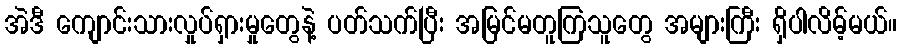
အဲဒီ ကျောင်းသားလှုပ်ရှားမှုတွေနဲ့ ပတ်သက်ပြီး အမြင်မတူကြသူတွေ အများကြီး ရှိပါလိမ့်မယ်။